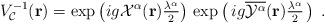
LaTeX: \begin{align*}V_{\cal{C}}^{-1}({\bf{r}})=\exp\left(ig{\cal X}^\alpha({\bf{r}}){\textstyle\frac{\lambda^\alpha}{2}}\right)\,\exp\left(\,ig{\overline{{\cal{Y}}^\alpha}}({\bf{r}}){\textstyle\frac{\lambda^\alpha}{2}}\,\right)\;.\end{align*}